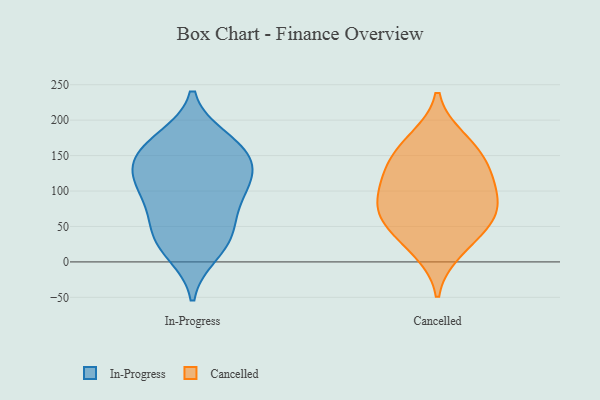
{"axis": {"x": "Churn Rate (%)", "y": "Value"}, "legend": ["Cancelled", "In-Progress"], "data": [{"x": "", "y": 135, "type": "In-Progress"}, {"x": "", "y": 33, "type": "In-Progress"}, {"x": "", "y": 28, "type": "In-Progress"}, {"x": "", "y": 167, "type": "In-Progress"}, {"x": "", "y": 13, "type": "In-Progress"}, {"x": "", "y": 151, "type": "In-Progress"}, {"x": "", "y": 98, "type": "In-Progress"}, {"x": "", "y": 117, "type": "In-Progress"}, {"x": "", "y": 173, "type": "In-Progress"}, {"x": "", "y": 71, "type": "In-Progress"}, {"x": "", "y": 122, "type": "In-Progress"}, {"x": "", "y": 103, "type": "In-Progress"}, {"x": "", "y": 156, "type": "In-Progress"}, {"x": "", "y": 54, "type": "In-Progress"}, {"x": "", "y": 174, "type": "Cancelled"}, {"x": "", "y": 164, "type": "Cancelled"}, {"x": "", "y": 86, "type": "Cancelled"}, {"x": "", "y": 71, "type": "Cancelled"}, {"x": "", "y": 15, "type": "Cancelled"}, {"x": "", "y": 36, "type": "Cancelled"}, {"x": "", "y": 61, "type": "Cancelled"}, {"x": "", "y": 99, "type": "Cancelled"}, {"x": "", "y": 63, "type": "Cancelled"}, {"x": "", "y": 117, "type": "Cancelled"}, {"x": "", "y": 134, "type": "Cancelled"}, {"x": "", "y": 135, "type": "Cancelled"}]}